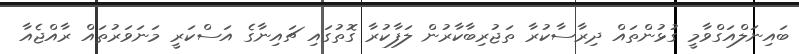
ބައިނަލްއަގްވާމީ ގުޅުންތައް ދިރާސާކުރާ ތަޖުރިބާކާރުން ލަފާކުރާ ގޮތުގައި ޗައިނާގެ އަސްކަރީ މަނަވަރުތައް ރާއްޖެއާ